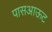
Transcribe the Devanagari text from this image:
पासआऊट